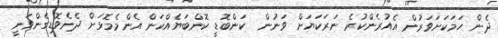
ދެން ހަމަކަށަވަރުން އެއުރެންކުރެ ނަރަކަޔަށް ވަނުން  ކަންބޮޑީ ކޮންބަޔެއްކަން އެންމެމޮޅަށް ދެނެވޮޑިގެންވަނީ